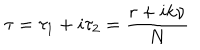
\tau = \tau _ { 1 } + i \tau _ { 2 } = \frac { r + i k \nu } { N }